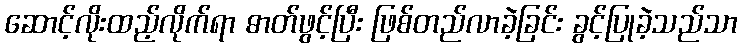
ဆောင့်လိုးထည့်လိုက်ရာ ဓာတ်ဖွင့်ပြီး ဖြစ်တည်လာခဲ့ခြင်း ခွင့်ပြုခဲ့သည်သာ